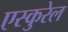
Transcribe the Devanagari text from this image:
एस्कुरेल